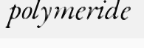
polymeride